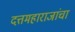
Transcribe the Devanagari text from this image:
दत्तमहाराजांचा